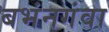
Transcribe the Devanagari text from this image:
बभंनगंवा